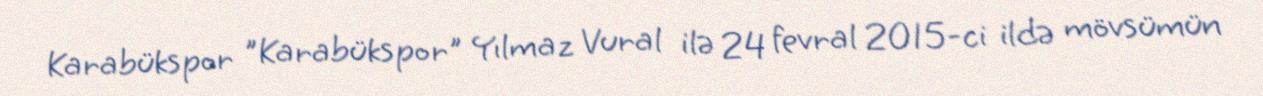
Karabükspor "Karabükspor" Yılmaz Vural ilə 24 fevral 2015-ci ildə mövsümün